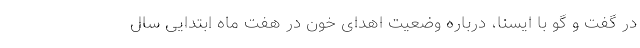
در گفت و گو با ایسنا، درباره وضعیت اهدای خون در هفت ماه ابتدایی سال